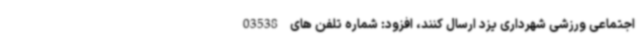
اجتماعی ورزشی شهرداری یزد ارسال کنند، افزود: شماره تلفن های 03538